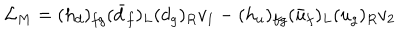
{ \cal L } _ { M } = ( h _ { d } ) _ { f g } ( \bar { d } _ { f } ) _ { L } ( d _ { g } ) _ { R } v _ { 1 } - ( h _ { u } ) _ { f g } ( \bar { u } _ { f } ) _ { L } ( u _ { g } ) _ { R } v _ { 2 }